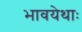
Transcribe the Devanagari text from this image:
भावयेथाः